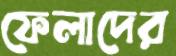
ফেলাদের